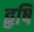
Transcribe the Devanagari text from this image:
हृषि